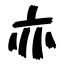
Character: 亦